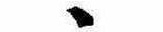
ゝ